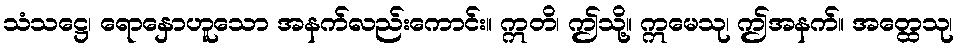
သံသဋ္ဌေ၊ ရောနှောဟူသော အနက်လည်းကောင်း။ ဣတိ၊ ဤသို့။ ဣမေသု၊ ဤအနက်။ အတ္ထေသု၊